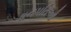
ધનપતિઓ